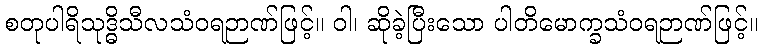
စတုပါရိသုဒ္ဓိသီလသံဝရဉာဏ်ဖြင့်။ ဝါ၊ ဆိုခဲ့ပြီးသော ပါတိမောက္ခသံဝရဉာဏ်ဖြင့်။